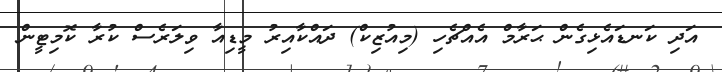
އަދި ކަނޑައެޅިގެން ޙަރާމް އެއްޗެހި (މިއުޒިކް) ދައްކާއިރު މީޑިއާ ވިލަރެސް ކުރާ ކޮމިޓީން